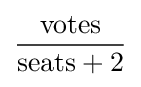
{\frac {\mbox{votes}}{{\mbox{seats}}+2}}